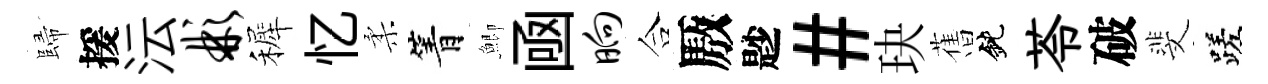
歸援沄彬裤忆柔箐鯽凾晌合厫尟#玦𦾔鈍苓破斐蹉